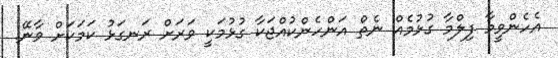
އެހެންވީމާ ފިލްމާ ގުޅުމެއް ނެތް އަންހެންކުއްޖަކާ ގުޅުމަކީ ވަރަށް ރަނގަޅު ކަމަކަށް ވާނޭ.